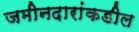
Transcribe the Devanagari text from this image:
जमीनदारांकडील